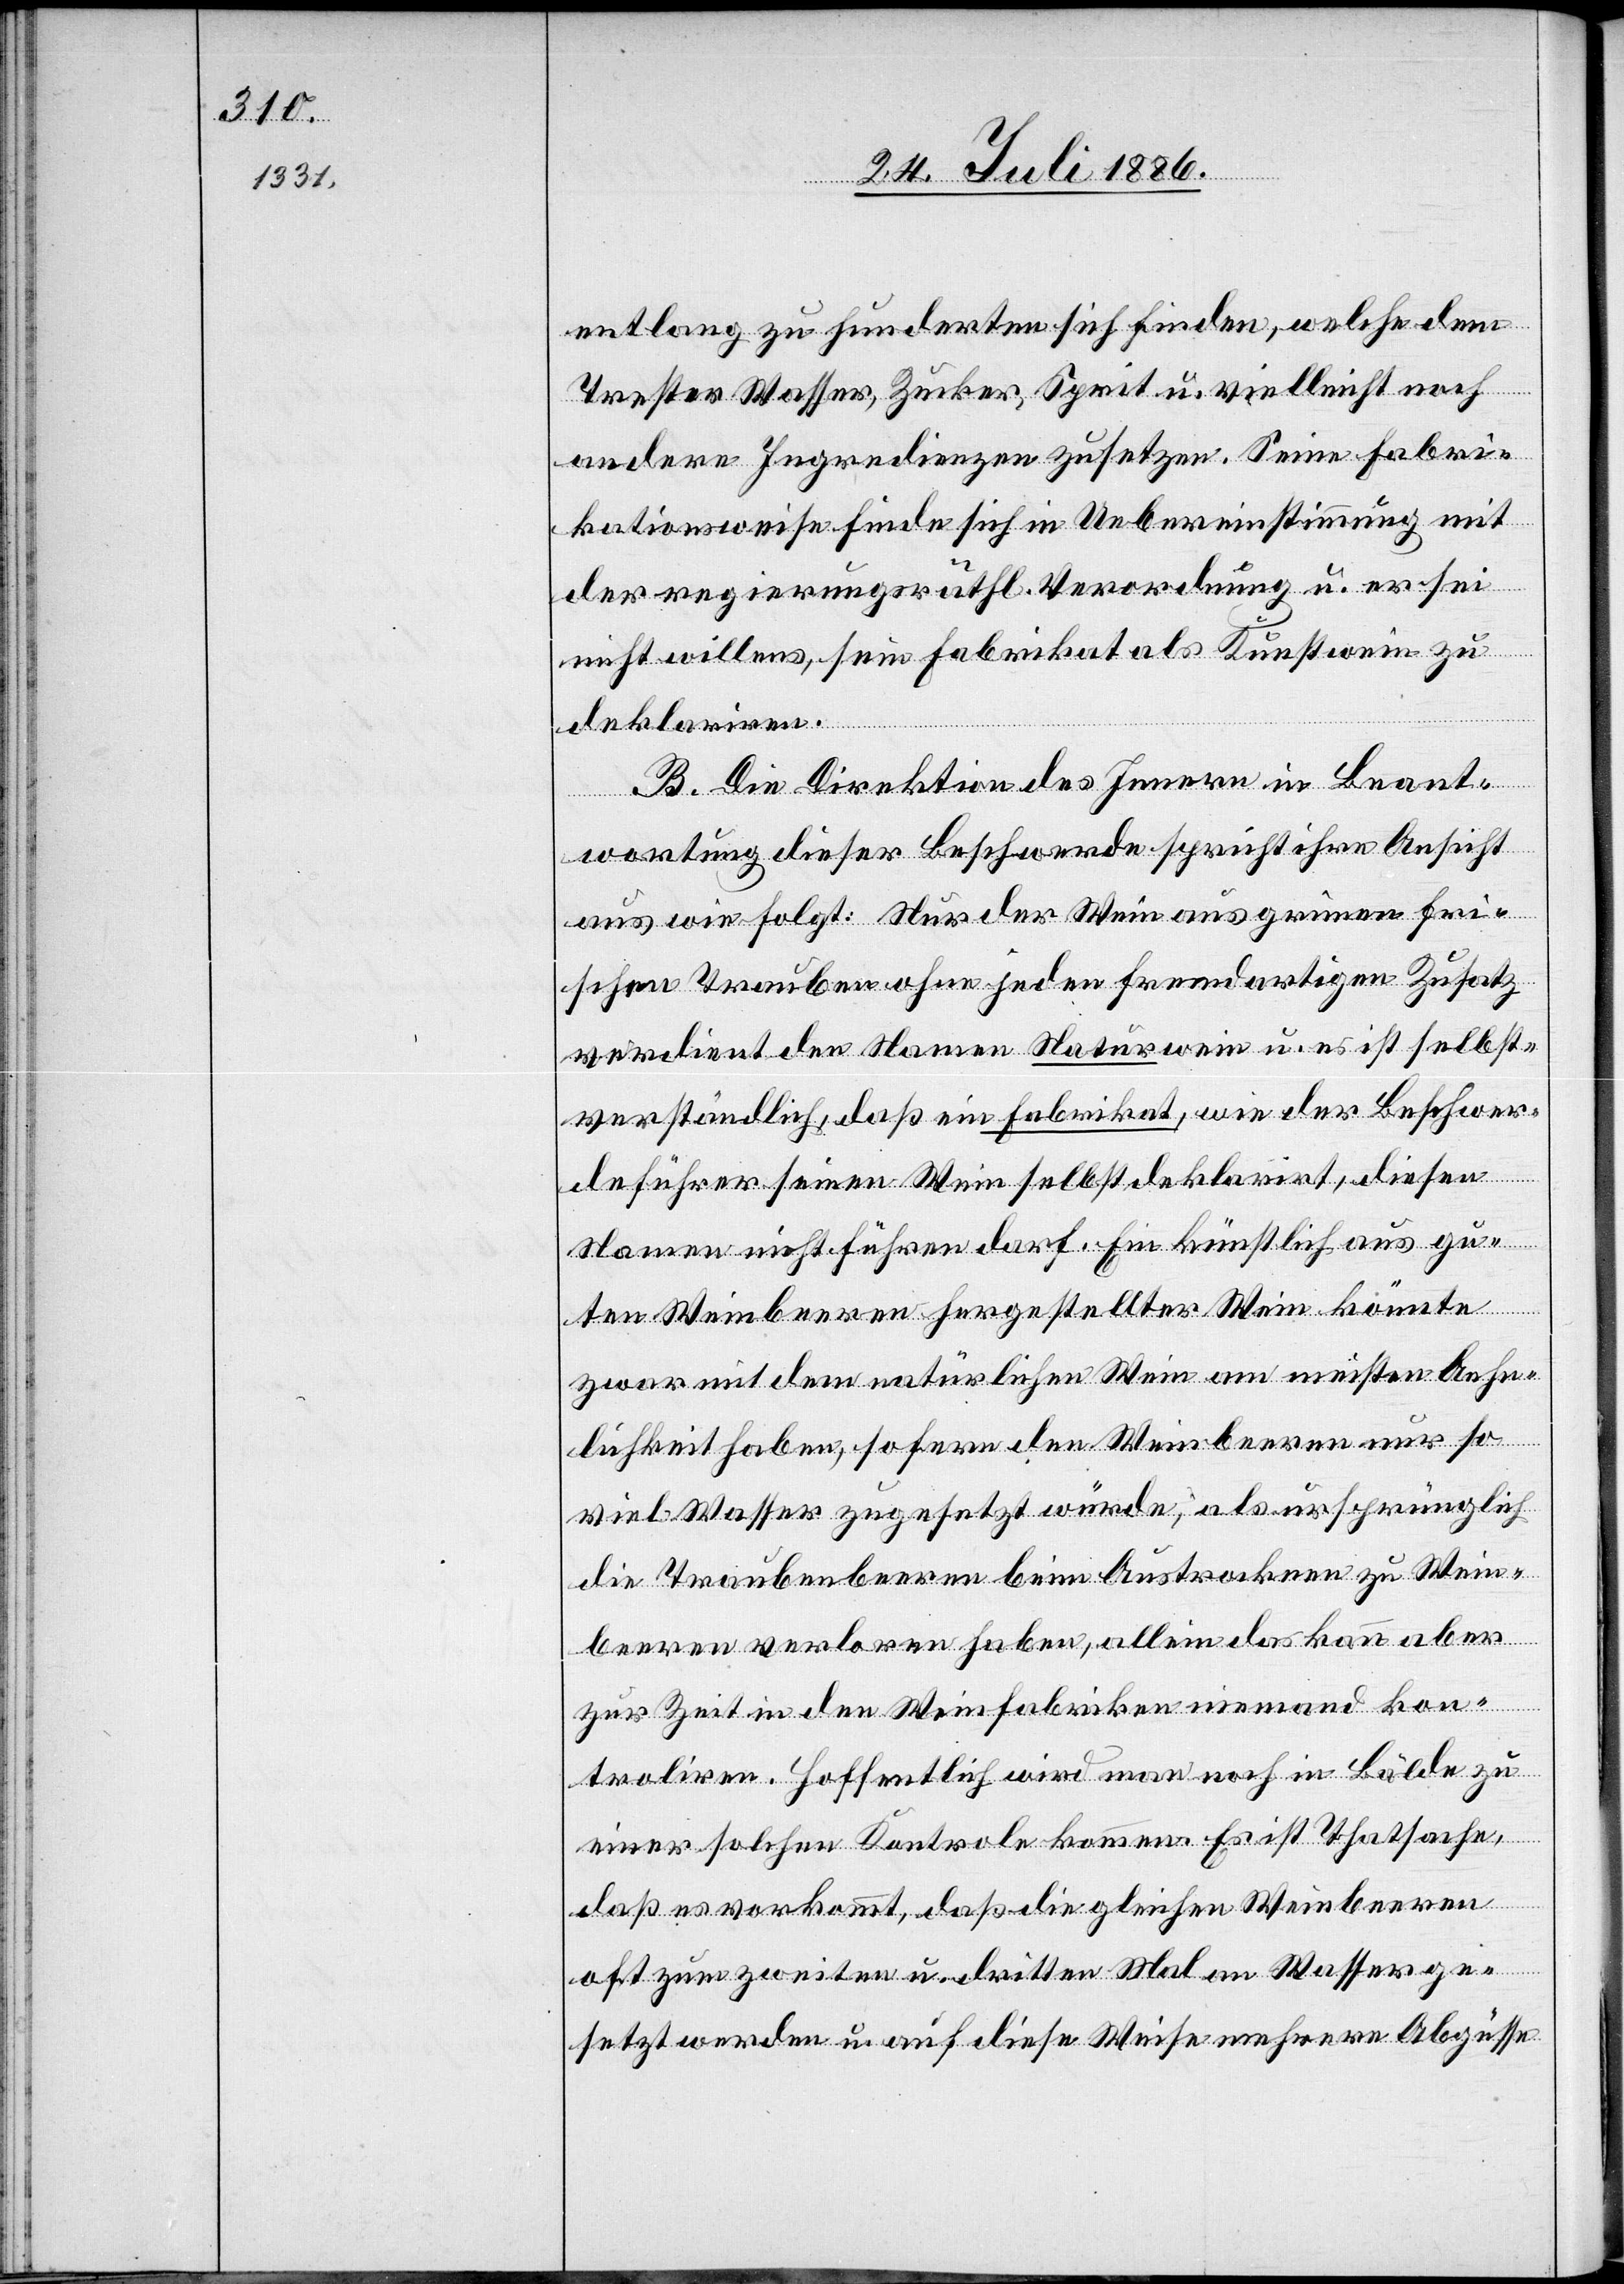
entlang zu hunderten sich finden, welche dem
Trester Wasser, Zucker, Sprit u. vielleicht noch
andere Ingredienzen zusetzen. Seine Fabri¬
kationsweise finde sich in Uebereinstimmung mit
der regierungsräthl. Verordnung u. er sei
nicht willens, sein Fabrikat als Kunstwein zu
deklariren.
B. Die Direktion des Innern in Beant¬
wortung dieser Beschwerde spricht ihre Ansicht
aus wie folgt: Nur der Wein aus grünen fri¬
schen Trauben ohne jeden fremdartigen Zusatz
verdient den Namen Naturwein u. es ist selbst¬
verständlich, daß ein Fabrikat, wie der Beschwer¬
deführer seinen Wein selbst deklarirt, diesen
Namen nicht führen darf. Ein künstlich aus gu¬
ten Weinbeeren hergestellter Wein könnte
zwar mit dem natürlichen Wein am meisten Aehn¬
lichkeit haben, sofern den Weinbeeren nur so
viel Wasser zugesetzt würde, als ursprünglich
die Traubenbeeren bei Austrocknen zu Wein¬
beeren verloren haben, allein das kann aber
zur Zeit in den Weinfabriken niemand kon¬
troliren. Hoffentlich wird man noch ein Bälde zu
einer solchen Kontrole kommen. Es ist Thatsache,
daß es vorkommt, daß die gleichen Weinbeeren
oft zum zweiten u. dritten Mal an Wasser ge¬
setzt werden u. auf diese Weise mehrere Abgüsse